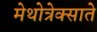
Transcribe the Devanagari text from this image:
मेथोत्रेक्साते